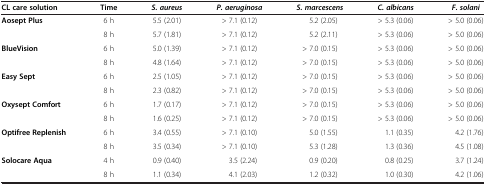
<table><thead><tr><td><b>CL care solution</b></td><td><b>Time</b></td><td><b><i>S. aureus</i></b></td><td><b><i>P. aeruginosa</i></b></td><td><b><i>S. marcescens</i></b></td><td><b><i>C. albicans</i></b></td><td><b><i>F. solani</i></b></td></tr></thead><tbody><tr><td><b>Aosept Plus</b></td><td>6 h</td><td>5.5 (2.01)</td><td>&gt; 7.1 (0.12)</td><td>5.2 (2.05)</td><td>&gt; 5.3 (0.06)</td><td>&gt; 5.0 (0.06)</td></tr><tr><td> </td><td>8 h</td><td>5.7 (1.81)</td><td>&gt; 7.1 (0.12)</td><td>5.2 (2.11)</td><td>&gt; 5.3 (0.06)</td><td>&gt; 5.0 (0.06)</td></tr><tr><td><b>BlueVision</b></td><td>6 h</td><td>5.0 (1.39)</td><td>&gt; 7.1 (0.12)</td><td>&gt; 7.0 (0.15)</td><td>&gt; 5.3 (0.06)</td><td>&gt; 5.0 (0.06)</td></tr><tr><td> </td><td>8 h</td><td>4.8 (1.64)</td><td>&gt; 7.1 (0.12)</td><td>&gt; 7.0 (0.15)</td><td>&gt; 5.3 (0.06)</td><td>&gt; 5.0 (0.06)</td></tr><tr><td><b>Easy Sept</b></td><td>6 h</td><td>2.5 (1.05)</td><td>&gt; 7.1 (0.12)</td><td>&gt; 7.0 (0.15)</td><td>&gt; 5.3 (0.06)</td><td>&gt; 5.0 (0.06)</td></tr><tr><td> </td><td>8 h</td><td>2.3 (0.82)</td><td>&gt; 7.1 (0.12)</td><td>&gt; 7.0 (0.15)</td><td>&gt; 5.3 (0.06)</td><td>&gt; 5.0 (0.06)</td></tr><tr><td><b>Oxysept Comfort</b></td><td>6 h</td><td>1.7 (0.17)</td><td>&gt; 7.1 (0.12)</td><td>&gt; 7.0 (0.15)</td><td>&gt; 5.3 (0.06)</td><td>&gt; 5.0 (0.06)</td></tr><tr><td> </td><td>8 h</td><td>1.6 (0.25)</td><td>&gt; 7.1 (0.12)</td><td>&gt; 7.0 (0.15)</td><td>&gt; 5.3 (0.06)</td><td>&gt; 5.0 (0.06)</td></tr><tr><td><b>Optifree Replenish</b></td><td>6 h</td><td>3.4 (0.55)</td><td>&gt; 7.1 (0.10)</td><td>5.0 (1.55)</td><td>1.1 (0.35)</td><td>4.2 (1.76)</td></tr><tr><td> </td><td>8 h</td><td>3.5 (0.34)</td><td>&gt; 7.1 (0.10)</td><td>5.3 (1.28)</td><td>1.3 (0.36)</td><td>4.5 (1.08)</td></tr><tr><td><b>Solocare Aqua</b></td><td>4 h</td><td>0.9 (0.40)</td><td>3.5 (2.24)</td><td>0.9 (0.20)</td><td>0.8 (0.25)</td><td>3.7 (1.24)</td></tr><tr><td> </td><td>8 h</td><td>1.1 (0.34)</td><td>4.1 (2.03)</td><td>1.2 (0.32)</td><td>1.0 (0.30)</td><td>4.2 (1.06)</td></tr></tbody></table>